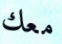
معك